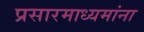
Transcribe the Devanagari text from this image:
प्रसारमाध्यमांना